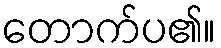
တောက်ပ၏။